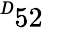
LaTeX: ^Ḋ52\mathcal{Ḍ}